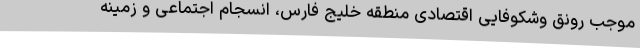
موجب رونق وشکوفایی اقتصادی منطقه خلیج فارس، انسجام اجتماعی و زمینه